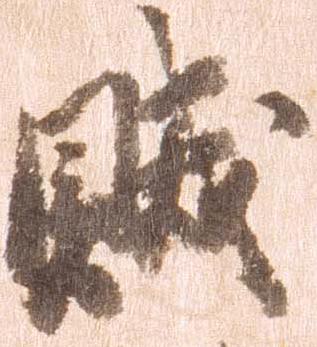
賊